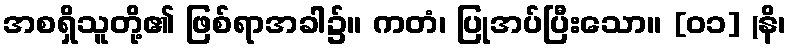
အစရှိသူတို့၏ ဖြစ်ရာအခါ၌။ ကတံ၊ ပြုအပ်ပြီးသော။ [၀၁] (နိ၊